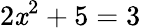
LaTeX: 2\mathit{x}^{2}+5=3